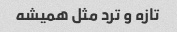
تازه و ترد مثل همیشه